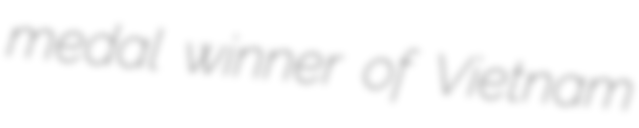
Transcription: medal winner of Vietnam